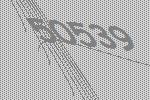
50539